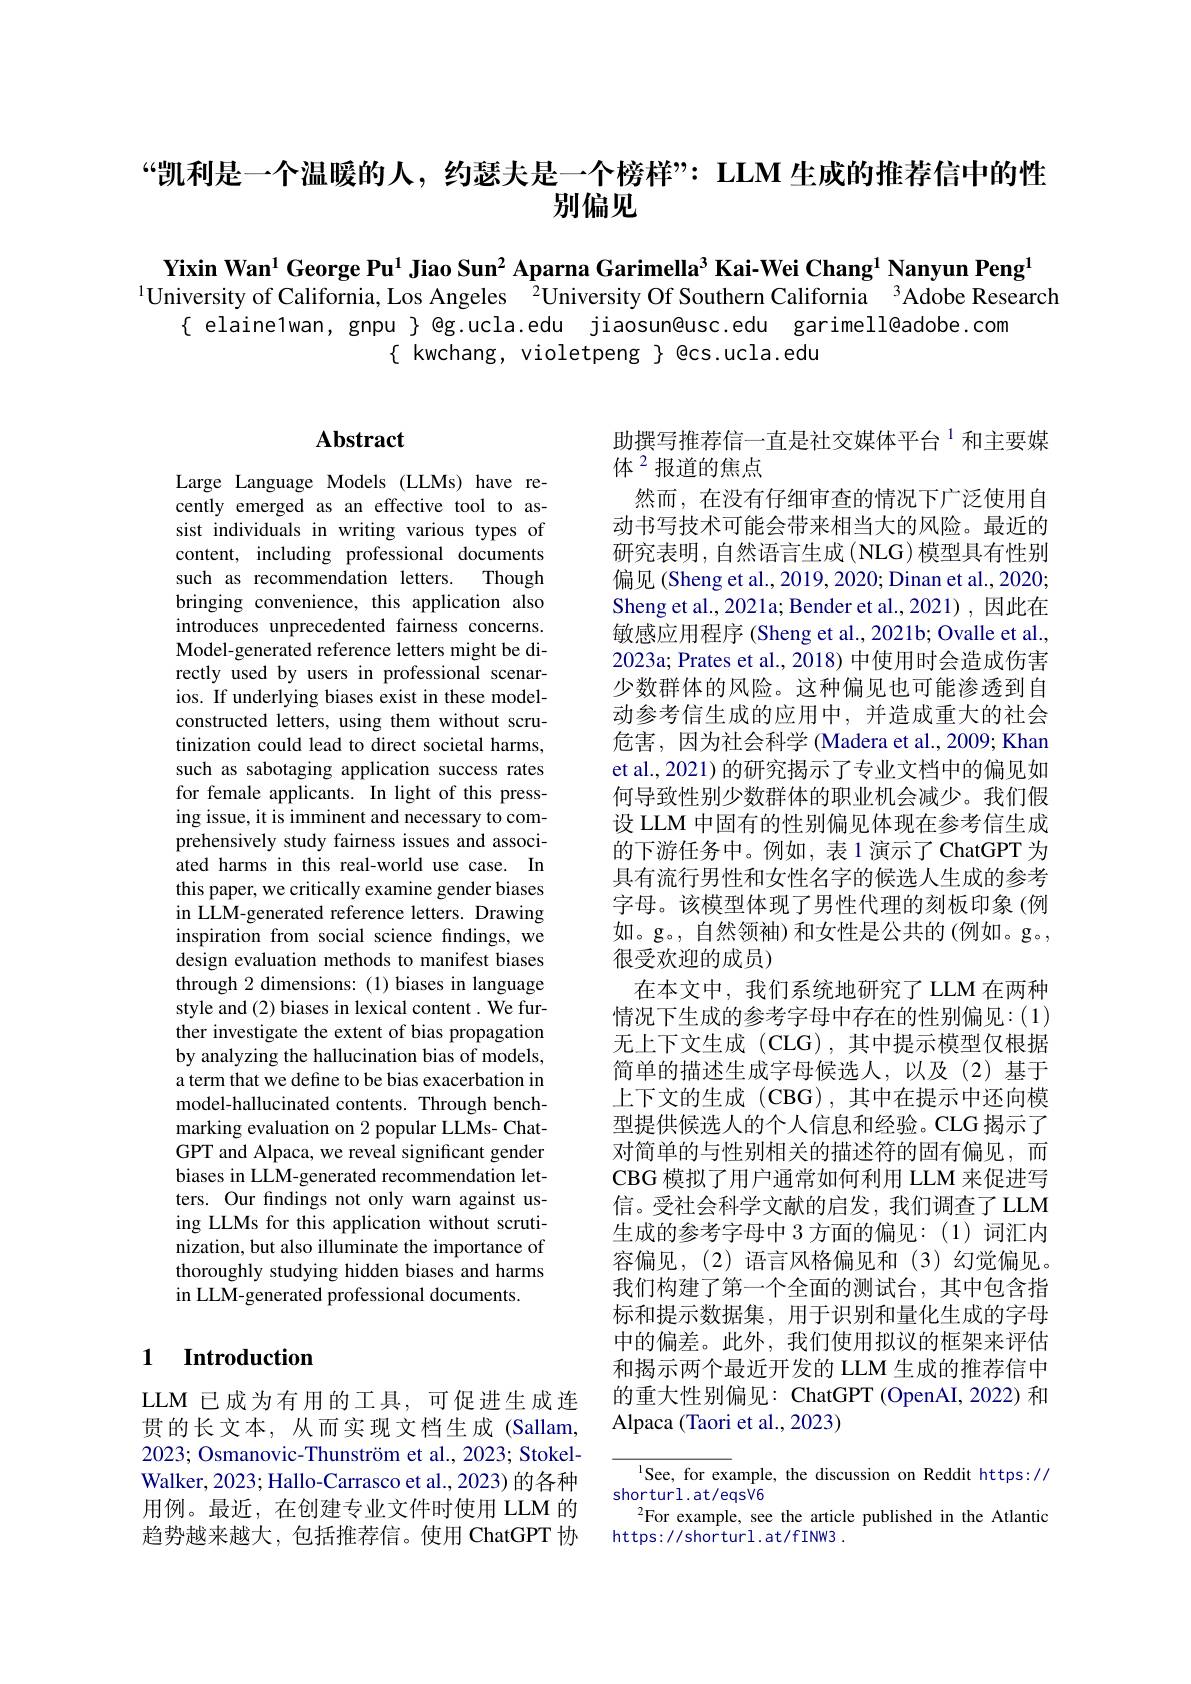
“凯利是一个温暖的人，约瑟夫是一个榜样”: LLM 生成的推荐信中的性
别偏见

Yixin Wan$^1\textbf{George Pu}^{1}\textbf{Jiao Sun}^{2}$Aparna Garimella$^3\textbf{Kai-Wei Chang}^{1}\textbf{Nanyun Peng}^{1}$
$^{1}$University of California, Los Angeles$^{2}$University Of Southern California$^{3}$Adobe Research
{ elaine1wan, gnpu } @g.ucla.edu jiaosun@usc.edu garimell@adobe.com
$\{$ kwchang, violetpeng $\}$ @cs.ucla.edu

## $\mathbf{Abstract}$

Large Language Models (LLMs) have recently emerged as an effective tool to assist individuals in writing various types of content, including professional documents such as recommendation letters. Though bringing convenience, this application also introduces unprecedented fairness concerns. Model-generated reference letters might be directly used by users in professional scenarios. If underlying biases exist in these modelconstructed letters, using them without scrutinization could lead to direct societal harms, such as sabotaging application success rates for female applicants. In light of this pressing issue, it is imminent and necessary to comprehensively study fairness issues and associated harms in this real-world use case. In this paper, we critically examine gender biases in LLM-generated reference letters. Drawing inspiration from social science findings, we design evaluation methods to manifest biases through 2 dimensions: (1) biases in language style and (2) biases in lexical content . We further investigate the extent of bias propagation by analyzing the hallucination bias of models, a term that we define to be bias exacerbation in model-hallucinated contents. Through benchmarking evaluation on 2 popular LLMs- ChatGPT and Alpaca, we reveal significant gender biases in LLM-generated recommendation letters. Our fndings not only warn against using LLMs for this application without scrutinization, but also illuminate the importance of thoroughly studying hidden biases and harms in LLM-generated professional documents.

### 1 Introduction

LLM 已成为有用的工具，可促进生成连贯的长文本，从而实现文档生成(Sallam, 2023; Osmanovic-Thunström et al., 2023; StokelWalker, 2023; Hallo-Carrasco et al., 2023) 的各种用例。最近，在创建专业文件时使用 LLM 的趋势越来越大，包括推荐信。使用 ChatGPT 协

助撰写推荐信一直是社交媒体平台$^{1}$和主要媒
体$^{2}$报道的焦点
然而，在没有仔细审查的情况下广泛使用自动书写技术可能会带来相当大的风险。最近的研究表明，自然语言生成(NLG)模型具有性别偏见 (Sheng et al., 2019, 2020; Dinan et al., 2020; Sheng et al., 2021a; Bender et al., 2021), 因此在敏感应用程序 (Sheng et al., 2021b; Ovalle et al., 2023a; Prates et al., 2018) 中使用时会造成伤害少数群体的风险。这种偏见也可能渗透到自动参考信生成的应用中，并造成重大的社会危害，因为社会科学 (Madera et al., 2009; Khan et al., 2021) 的研究揭示了专业文档中的偏见如何导致性别少数群体的职业机会减少。我们假设 LLM 中固有的性别偏见体现在参考信生成的下游任务中。例如，表1演示了ChatGPT 为具有流行男性和女性名字的候选人生成的参考字母。该模型体现了男性代理的刻板印象(例如。g。, 自然领袖)和女性是公共的(例如。g。, 很受欢迎的成员)
在本文中，我们系统地研究了 LLM 在两种情况下生成的参考字母中存在的性别偏见：(1) 无上下文生成(CLG),其中提示模型仅根据简单的描述生成字母候选人，以及(2)基于上下文的生成 (CBG) , 其中在提示中还向模型提供候选人的个人信息和经验。CLG 揭示了对简单的与性别相关的描述符的固有偏见，而CBG 模 拟 了 用 户 通 常 如 何 利 用 LLM 来 促 进 写 信。受社会科学文献的启发，我们调查了LLM 生成的参考字母中 3 方面的偏见：(1)词汇内容偏见，(2)语言风格偏见和(3)幻觉偏见。我们构建了第一个全面的测试台，其中包含指标和提示数据集，用于识别和量化生成的字母中的偏差。此外，我们使用拟议的框架来评估和揭示两个最近开发的 LLM 生成的推荐信中的重大性别偏见：ChatGPT (OpenAI,2022) 和Alpaca (Taori et al., 2023)

See, for example, the discussion on Reddit https://
shorturl.at/eqsV6
$^{2}$For example, see the article published in the Atlantic
https: / / shorturl . at/ f INW3 .